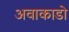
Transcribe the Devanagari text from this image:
अवाकाडो